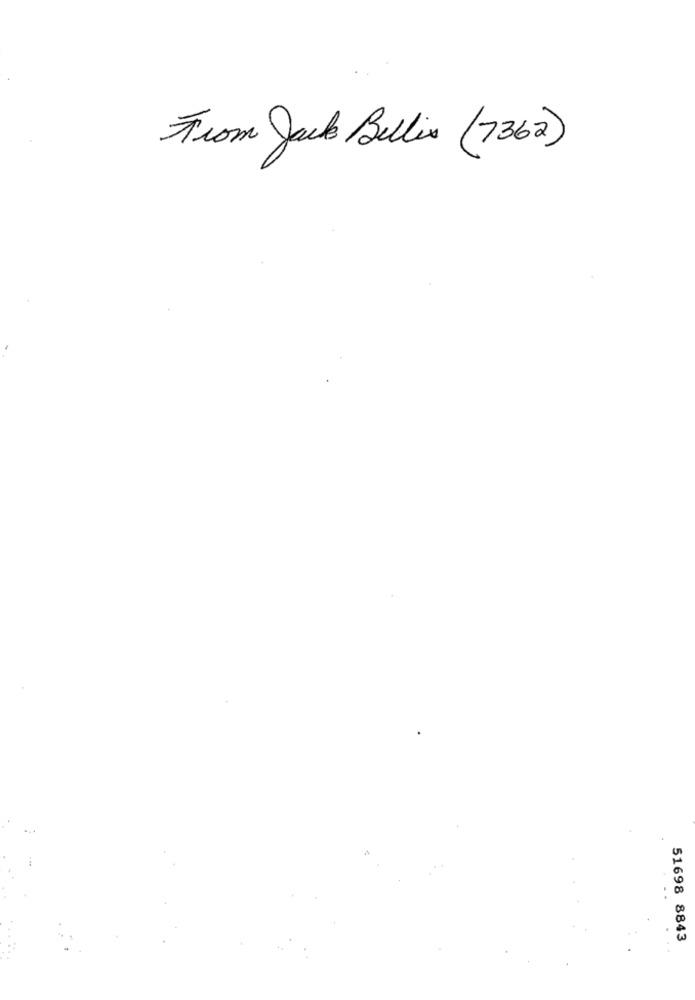
From Jack Bellix (7362)
. .
51698 8843